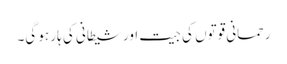
رحمانی قوتوں کی جیت اورشیطانی کی ہار ہو گی۔